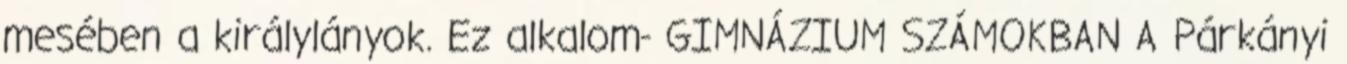
mesében a királylányok. Ez alkalom- GIMNÁZIUM SZÁMOKBAN A Párkányi